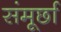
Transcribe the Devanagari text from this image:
संमूर्छा